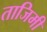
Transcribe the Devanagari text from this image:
ताजिमी